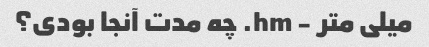
میلی متر - hm. چه مدت آنجا بودی؟